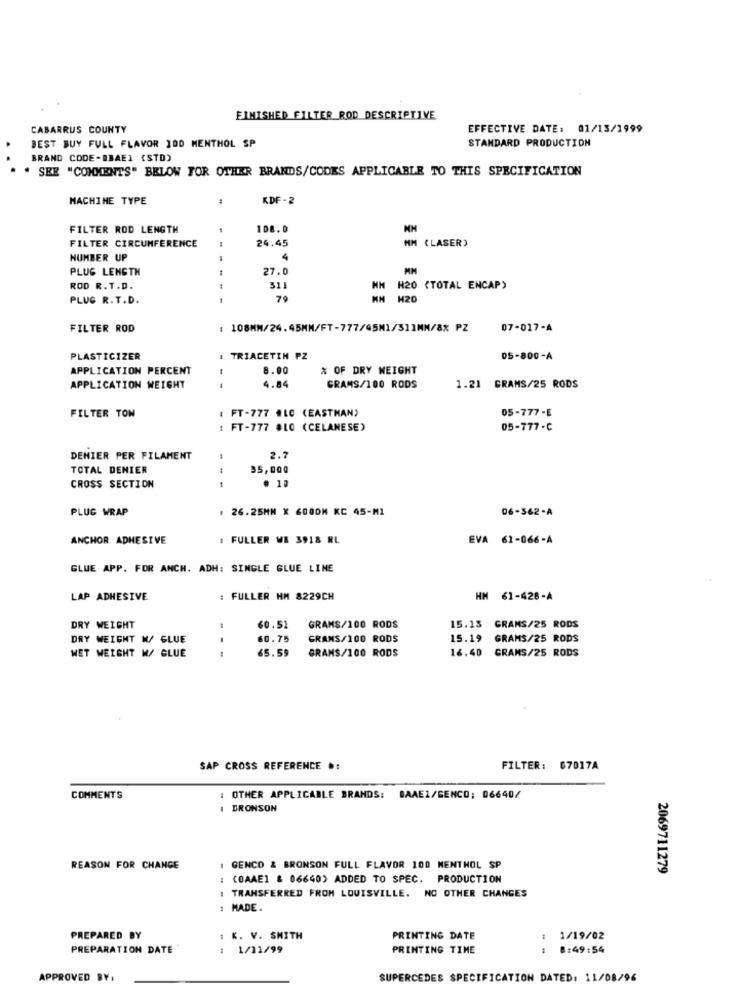
FIMISHED FILTER ROD DESCRIPTIVE
CABARRUS COUNTY
EFFECTIVE DATE: 01/13/1999
STANDARD PRODUCTION
BEST BUY FULL FLAVOR 100 MENTHOL SP
BRAND CODE-BRAEI (STD)
. SEE "COMMENTS" BELOW FOR OTHER BRANDS/CODES APPLICABLE TO THIS SPECIFICATION
MACHINE TYPE
KDF-2
FILTER ROD LENGTH
108.0
FILTER CIRCUMFERENCE
24.45
MM (LASER)
NUMBER UP
4
PLUG LENGTH
27.0
ROD R.T.D.
311
HH H20 (TOTAL ENCAP)
PLUG R.T.D.
79
NN H20
FILTER ROD
: 108MM/24.45MM/FT-777/45M1/311MM/8% PZ
07-017-A
PLASTICIZER
I TRIACETIN PZ
05-800-A
APPLICATION PERCENT
8.00
% OF DRY WEIGHT
APPLICATION WEIGHT
--
4.84
GRAMS/100 RODS
1.21 GRAMS/25 RODS
1 FT-777 #LC (EASTMAN)
05-777-E
FILTER TON
: FT-777 #LO (CELANESE)
05-777-C
DENIER PER FILAMENT
2.7
TOTAL DENIER
35,000
. 10
CROSS SECTION
--
PLUG WRAP
26.25MM X GOODH KC 45-M1
06-362-A
ANCHOR ADHESIVE
FULLER WE 3918 RL
EVA 61-066-A
GLUE APP. FOR ANCH. ADH: SINGLE GLUE LINE
LAP ADHESIVE
FULLER HM 8229CH
HM 61-428-A
DRY WEIGHT
60.51
GRAMS/100 RODS
15.13
GRANS/25 RODS
DRY WEIGHT M/ GLUE
60.75
GRANS/100 RODS
15.19
GRAMS/25 RODS
WET WEIGHT W/ GLUE
65.59
GRAMS/100 RODS
16.40 GRAMS/25 RODS
SAP CROSS REFERENCE .:
FILTER: 07017A
COMMENTS
: OTHER APPLICABLE BRANDS: BAAEZ/GENCO; 06640/
DRONSON
REASON FOR CHANGE
GENCO & BRONSON FULL FLAVOR 100 MENTHOL SP
2069711279
: (OAAEI & 06640) ADDED TO SPEC. PRODUCTION
: TRANSFERRED FROM LOUISVILLE. NO OTHER CHANGES
: MADE.
PREPARED BY
: K. V. SMITH
PRINTING DATE
1
1/19/02
PREPARATION DATE
: 1/11/99
PRINTING TIME
8:49:54
APPROVED BY.
SUPERCEDES SPECIFICATION DATED: 11/08/96